Civil Veterinary Department. Madras. Admin. report 1926-33 - 1926-1933
Year: 1926
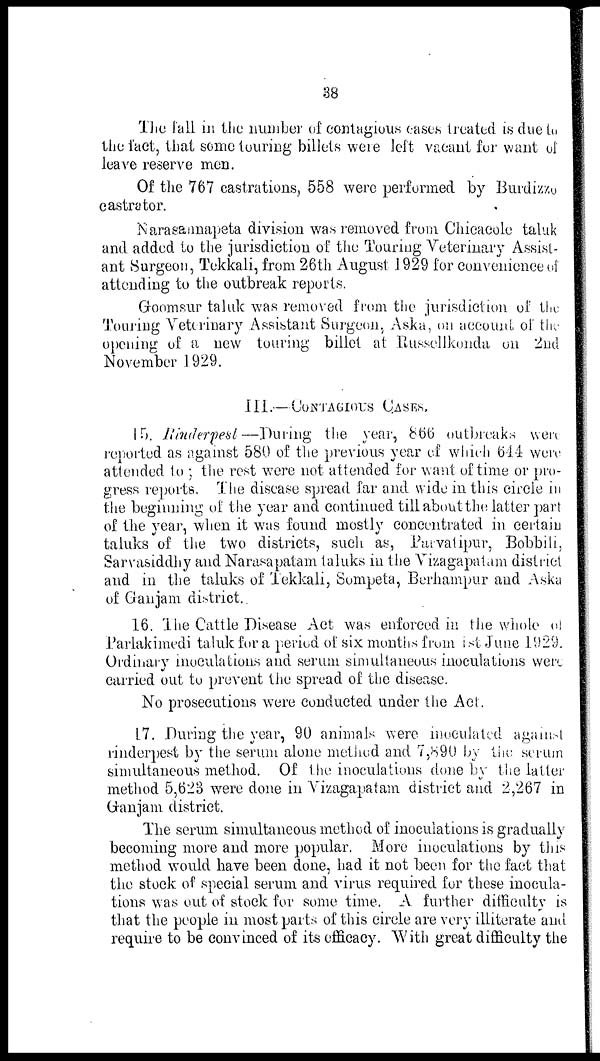
38
The fall in the number of contagious cases treated is due to
the fact, that some touring billets were left vacant for want of
leave reserve men.
Of the 767 castrations, 558 were performed by Burdizzo
castrator.
Narasannapeta division was removed from Chicacole taluk
and added to the jurisdiction of the Touring Veterinary Assist-
ant Surgeon, Tekkali, from 26th August 1929 for convenience of
attending to the outbreak reports.
Goomsur taluk was removed from the jurisdiction of the
Touring Veterinary Assistant Surgeon, Aska, on account of the
opening of a new touring billet at Russellkonda on 2nd
November 1929.
III.—CONTAGIOUS CASES.
15. Rinderpest—During the year, 866 outbreaks were
reported as against 580 of the previous year of which 644 were
attended to; the rest were not attended for want of time or pro-
gress reports. The disease spread far and wide in this circle in
the beginning of the year and continued till about the latter part
of the year, when it was found mostly concentrated in certain
taluks of the two districts, such as, Parvatipur, Bobbili,
Sarvasiddhy and Narasapatam taluks in the Vizagapatam district
and in the taluks of Tekkali, Sompeta, Berhampur and Aska
of Ganjam district.
16. The Cattle Disease Act was enforced in the whole of
Parlakimedi taluk for a period of six months from 1st June 1929.
Ordinary inoculations and serum simultaneous inoculations were
carried out to prevent the spread of the disease.
No prosecutions were conducted under the Act.
17. During the year, 90 animals were inoculated against
rinderpest by the serum alone method and 7,890 by the serum
simultaneous method. Of the inoculations done by the latter
method 5,623 were done in Vizagapatam district and 2,267 in
Ganjam district.
The serum simultaneous method of inoculations is gradually
becoming more and more popular. More inoculations by this
method would have been done, had it not been for the fact that
the stock of special serum and virus required for these inocula-
tions was out of stock for some time. A further difficulty is
that the people in most parts of this circle are very illiterate and
require to be convinced of its efficacy. With great difficulty the